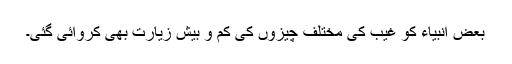
بعض انبیاء کو غیب کی مختلف چیزوں کی کم و بیش زیارت بھی کروائی گئی۔